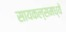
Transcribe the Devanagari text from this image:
सायकल्समध्ये